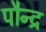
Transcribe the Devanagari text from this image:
पौन्द्र